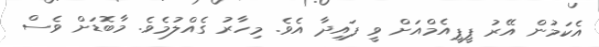
އެކަމުން އޭރު ޕީޕީއެމްއަށް ވީ ފައިދާ އެވެ. މިހާރު ގެއްލުމެވެ. މާބޮޑަށް ވެސް